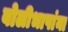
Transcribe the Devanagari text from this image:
बोलीभाषांना